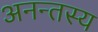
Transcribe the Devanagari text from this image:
अनन्तस्य